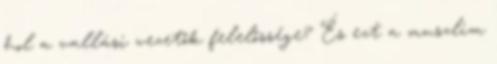
hol a vallási vezetők felelőssége? És ezt a muszlim